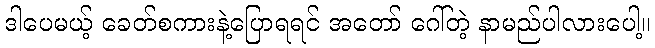
ဒါပေမယ့် ခေတ်စကားနဲ့ပြောရရင် အတော် ဂေါ်တဲ့ နာမည်ပါလားပေါ့။